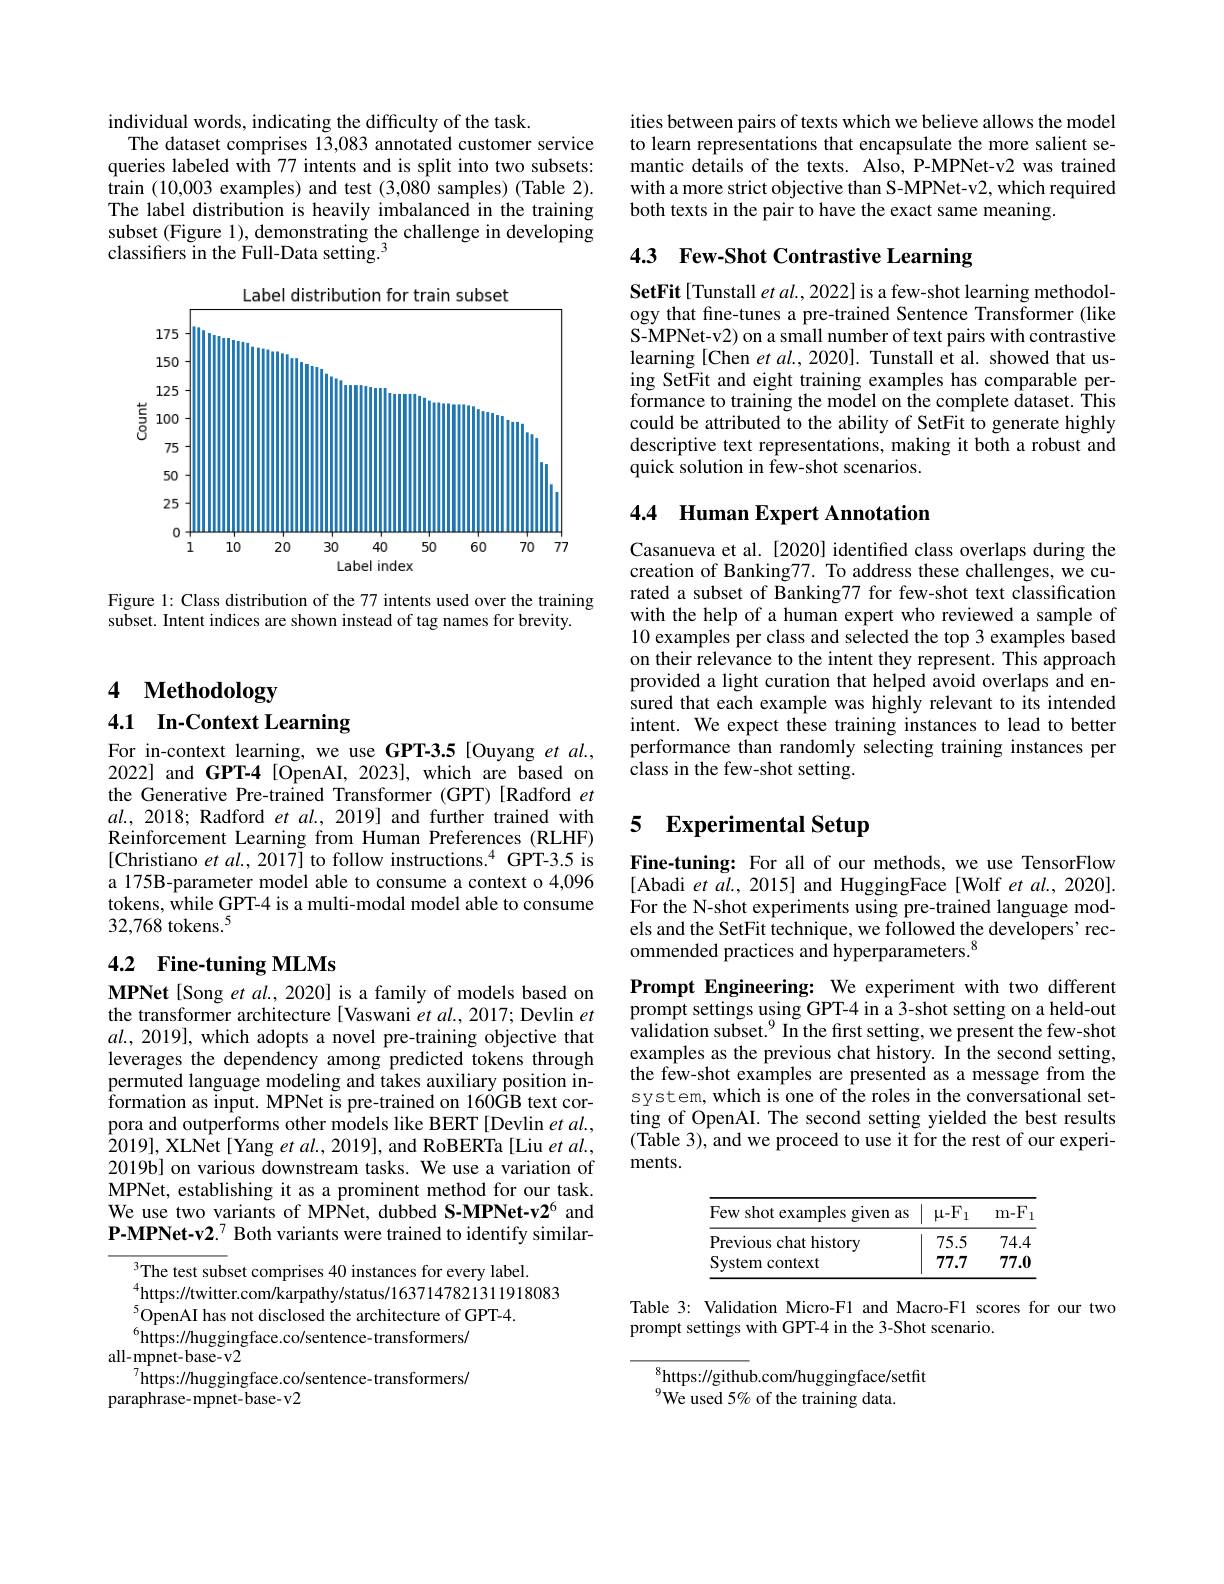
individual words, indicating the difficulty of the task.
The dataset comprises 13,083 annotated customer service queries labeled with 77 intents and is split into two subsets: train (10,003 examples) and test (3,080 samples) (Table 2). The label distribution is heavily imbalanced in the training subset (Figure 1), demonstrating the challenge in developing classifiers in the Full-Data setting.$^{3}$

<FigureHere>

Figure 1: Class distribution of the 77 intents used over the training
subset. Intent indices are shown instead of tag names for brevity.

# 4 Methodology

# 4.1 In-Context Learning

For in-context learning, we use GPT-3.5[Ouyang et al., 2022] and GPT-4 [OpenAI, 2023], which are based on the Generative Pre-trained Transformer (GPT) [Radford et $al.,2018;$ Radford et al., 2019] and further trained with Reinforcement Learning from Human Preferences (RLHF) [Christiano et $al.,2017]$ to follow instructions.$^4$ GPT-3.5 is a 175B-parameter model able to consume a context o 4,096 tokens, while GPT-4 is a multi-modal model able to consume 32,768 tokens.$^5$

## 4.2 Fine-tuning MLMs

MPNet[Song et al., 2020] is a family of models based on the transformer architecture [Vaswani et al., 2017; Devlin et $al.,2019]$, which adopts a novel pre-training objective that leverages the dependency among predicted tokens through permuted language modeling and takes auxiliary position information as input. MPNet is pre-trained on 160GB text corpora and outperforms other models like BERT [Devlin $et\textit{al. , }$ 2019],XLNet[Yang et al., 2019], and RoBERTa[Liu et al., 2019b] on various downstream tasks. We use a variation of MPNet, establishing it as a prominent method for our task. We use two variants of MPNet, dubbed S-MPNet-v2$^{6}$ and P-MPNet-v2.$^7$ Both variants were trained to identify similar-

$^{3}$The test subset comprises 40 instances for every label.
$^{4}$https://twitter.com/karpathy/status/1637147821311918083
$^{5}$OpenAI has not disclosed the architecture of GPT-4.
$^{6}$https://huggingface.co/sentence-transformers/
$all-mpnet-base-v2$
$^{7}$https://huggingface.co/sentence-transformers/
paraphrase- mpnet- base- v2

ities between pairs of texts which we believe allows the model to learn representations that encapsulate the more salient semantic details of the texts. Also, P-MPNet-v2 was trained with a more strict objective than S-MPNet-v2, which required both texts in the pair to have the exact same meaning.

# 4.3 Few-Shot Contrastive Learning

SetFit[Tunstall et al., 2022] is a few-shot learning methodology that fine-tunes a pre-trained Sentence Transformer (like S-MPNet-v2) on a small number of text pairs with contrastive learning [Chen et al., 2020]. Tunstall et al. showed that using SetFit and eight training examples has comparable performance to training the model on the complete dataset. This could be attributed to the ability of SetFit to generate highly descriptive text representations, making it both a robust and quick solution in few-shot scenarios

# 4.4 Human Expert Annotation

Casanueva et al. [2020] identified class overlaps during the creation of Banking77. To address these challenges, we curated a subset of Banking77 for few-shot text classification with the help of a human expert who reviewed a sample of 10 examples per class and selected the top 3 examples based on their relevance to the intent they represent. This approach provided a light curation that helped avoid overlaps and ensured that each example was highly relevant to its intended intent. We expect these training instances to lead to better performance than randomly selecting training instances per ${\mathrm{~class~in~the~few-shot~setting.}}$

## 5 $\textbf{Experimental Setup}$

Fine-tuning: For all of our methods, we use TensorFlow [Abadi et al., 2015] and HuggingFace[Wolf et al., 2020]. For the N-shot experiments using pre-trained language models and the SetFit technique, we followed the developers' recommended practices and hyperparameters.$^{8}$

Prompt Engineering: We experiment with two different prompt settings using GPT-4 in a 3-shot setting on a held-out validation subset.$^{9}$ In the frst setting, we present the few-shot examples as the previous chat history. In the second setting, the few-shot examples are presented as a message from the system, which is one of the roles in the conversational setting of OpenAI. The second setting yielded the best results (Table 3), and we proceed to use it for the rest of our experiments.

<table>
	<tbody>
		<tr>
			<th>Few shot examples given as</th>
			<th>$\mu-F.$ 1</th>
			<th>$m-F$</th>
		</tr>
		<tr>
			<td>Previous chat history</td>
			<td>75.5</td>
			<td>74.4</td>
		</tr>
		<tr>
			<td>System context</td>
			<td>77.7</td>
			<td>77.0</td>
		</tr>
	</tbody>
</table>

Table 3: Validation Micro-F1 and Macro-F1 scores for our two
prompt settings with GPT-4 in the 3-Shot scenario.

$^{8}$https://github.com/huggingface/setfit
$^{9}$We used 5% of the training data.